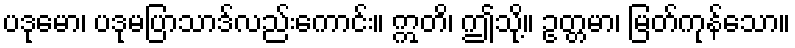
ပဒုမော၊ ပဒုမပြာသာဒ်လည်းကောင်း။ ဣတိ၊ ဤသို့။ ဥတ္တမာ၊ မြတ်ကုန်သော။